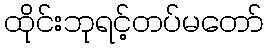
ထိုင်းဘုရင့်တပ်မတော်